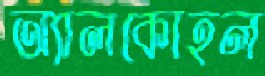
অ্যালকোহল